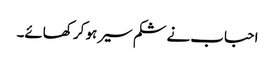
احباب نے شکم سیر ہو کر کھائے۔